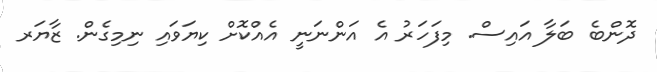
ދޮންބެ ބަލާ އައިސް. މިފަހަރު އެ އަންނަނީ އެއްކޮށް ކިޔަވައި ނިމިގެން. ޒާޔަރ